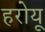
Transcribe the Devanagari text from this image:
हरोयू